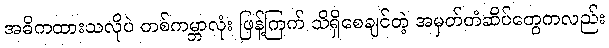
အဓိကထားသလိုပဲ တစ်ကမ္ဘာလုံး ဖြန့်ကြက် သိရှိစေချင်တဲ့ အမှတ်တံဆိပ်တွေကလည်း